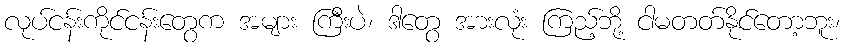
လုပ်ငန်းကိုင်ငန်းတွေက အများ ကြီးပဲ၊ ဒါတွေ အားလုံး ကြည့်ဘို့ ငါမတတ်နိုင်တော့ဘူး၊